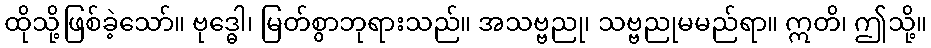
ထိုသို့ဖြစ်ခဲ့သော်။ ဗုဒ္ဓေါ၊ မြတ်စွာဘုရားသည်။ အသဗ္ဗညု၊ သဗ္ဗညုမမည်ရာ။ ဣတိ၊ ဤသို့။